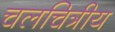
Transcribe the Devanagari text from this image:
चलचित्रीय